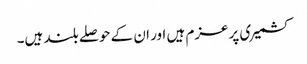
کشمیری پرعزم ہیں اور ان کے حوصلے بلند ہیں۔